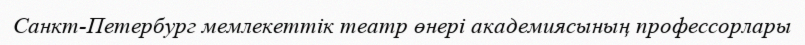
Санкт-Петербург мемлекеттік театр өнері академиясының профессорлары